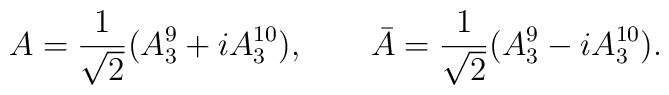
A= {1\over \sqrt 2} (A_3^9 + iA_3^{10}), \qquad \bar A =   {1\over  \sqrt 2}(A_3^9 - i A_3^{10}) .